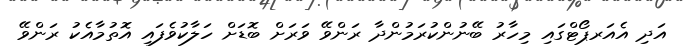
އަދި އެއަރޕޯޓްގައި މިހާރު ބޭނުންކުރަމުންދާ ރަންވޭ ވަރަށް ބޮޑަށް ހަލާކުވެފައި އޮތުމާއެކު ރަންވޭ